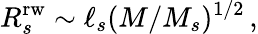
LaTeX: R_{s}^{\mathrm{rw}}\sim\ell_{s}(M/M_{s})^{1/2}\, ,